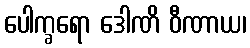
ပေါက္ခရော ဒေါဏိ ဝီဏာယ၊